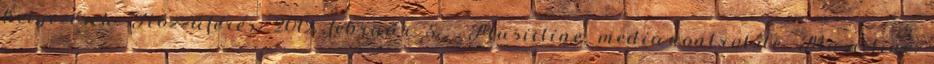
helyezések. Hozzáférés: 2012. február 5. ↑ Musicline. media-control.de. Musicline.